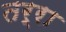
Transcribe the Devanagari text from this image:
तर्रा